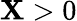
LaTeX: \mathbf{X}>0